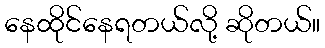
နေထိုင်နေရတယ်လို့ ဆိုတယ်။